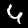
Label: 4